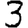
Digit: 3